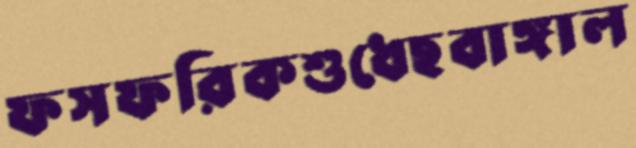
ফসফরিকশুধেছবাঙ্গাল